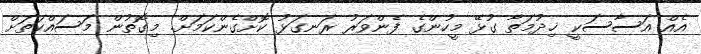
އެއް އަސާސަކީ ޚިދުމަތާ ގުޅޭ މީހުންގެ ފެންވަރު ރަނގަޅު ކޮށްގެންކަމަށް. މިގޮތުން މަސައްކަތަށް